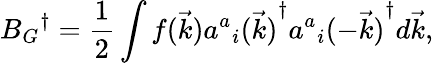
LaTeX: {{B_{G}}^{\dagger}}={\frac{1}{2}}\int{f(\vec{k}){{{a^{a}}_{i}(\vec{k})}^{\dagger}}{{{a^{a}}_{i}(-\vec{k})}^{\dagger}}d\vec{k}},